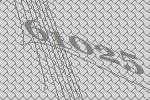
61025